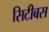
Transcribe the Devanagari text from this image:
सिटीबस